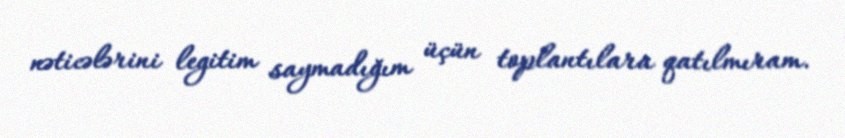
nəticələrini legitim saymadığım üçün toplantılara qatılmıram.